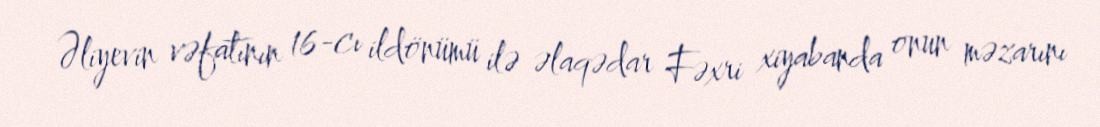
Əliyevin vəfatının 16-cı ildönümü ilə əlaqədar Fəxri xiyabanda onun məzarını